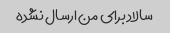
سالاد برای من ارسال نشده